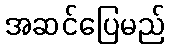
အဆင်ပြေမည်